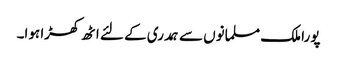
پورا ملک مسلمانوں سے ہمدری کے لئے اٹھ کھڑا ہوا۔